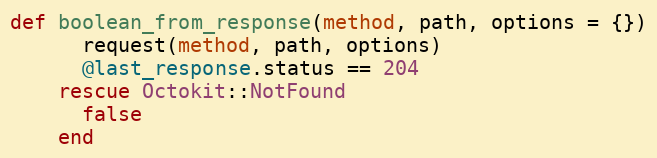
Language: Ruby
def boolean_from_response(method, path, options = {})
      request(method, path, options)
      @last_response.status == 204
    rescue Octokit::NotFound
      false
    end